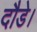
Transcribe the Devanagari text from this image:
दौडे।